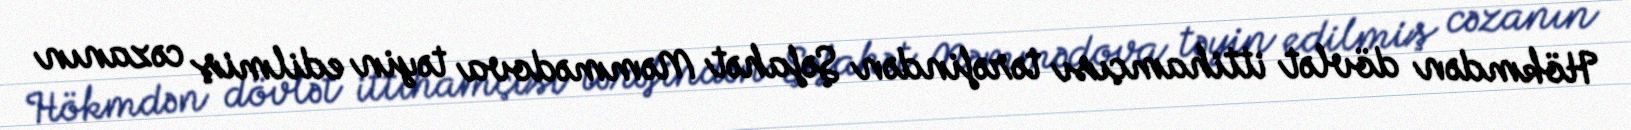
Hökmdən dövlət ittihamçısı tərəfindən Şəfahət Məmmədova təyin edilmiş cəzanın